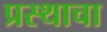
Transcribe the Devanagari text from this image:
प्रस्थाचा